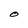
Character: O